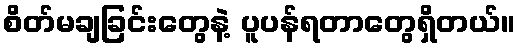
စိတ်မချခြင်းတွေနဲ့ ပူပန်ရတာတွေရှိတယ်။